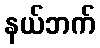
နယ်ဘက်